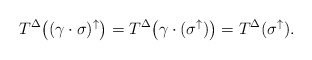
\begin{align*} T^\Delta \big( (\gamma \cdot \sigma)^\uparrow \big) = T^\Delta \big( \gamma \cdot (\sigma^\uparrow) \big) = T^\Delta( \sigma^\uparrow ). \end{align*}